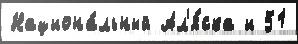
Национа́льный Ал'я́ска и 51